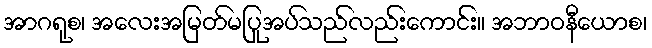
အာဂရုစ၊ အလေးအမြတ်မပြုအပ်သည်လည်းကောင်း။ အဘာဝနီယောစ၊